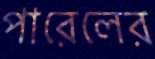
পারেলের